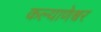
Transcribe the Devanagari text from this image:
कल्याणेश्वर